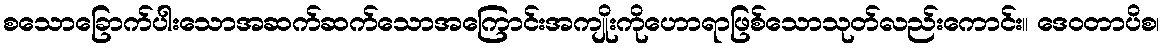
စသောခြောက်ပါးသောအဆက်ဆက်သောအကြောင်းအကျိုးကိုဟောရာဖြစ်သောသုတ်လည်းကောင်း။ ဒေဝတာပိစ၊